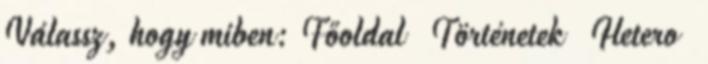
Válassz, hogy miben: Főoldal Történetek Hetero